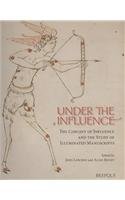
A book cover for Under the Influence. The Concept of Influence and the Study of Illuminated Manuscripts (PUBLICATIONS OF THE RESEARCH CENTRE FOR ILLUMINATED MANUSCRIPTS); John Lowden; Arts & Photography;